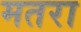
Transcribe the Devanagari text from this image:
मतरा